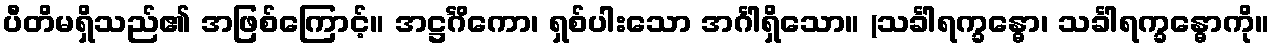
ပီတိမရှိသည်၏ အဖြစ်ကြောင့်။ အဋ္ဌင်္ဂိကော၊ ရှစ်ပါးသော အင်္ဂါရှိသော။ (သင်္ခါရက္ခန္ဓော၊ သင်္ခါရက္ခန္ဓောကို။